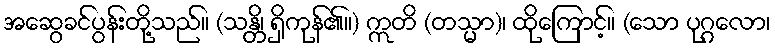
အဆွေခင်ပွန်းတို့သည်။ (သန္တိ၊ ရှိကုန်၏။) ဣတိ (တသ္မာ)၊ ထိုကြောင့်။ (သော ပုဂ္ဂလော၊